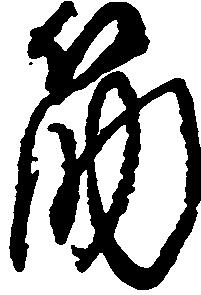
筋